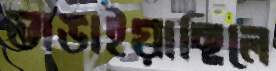
ভাঙাইয়াছিলে